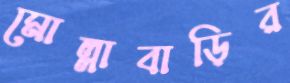
মোল্লাবাড়ির